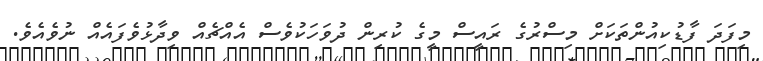
މިފަދަ ފާޑުކިއުންތަކަށް މިސްރުގެ ރައީސް މީގެ ކުރިން ދުވަހަކުވެސް އެއްޗެއް ވިދާޅުވެފައެއް ނުވެއެވެ.